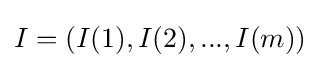
I=(I(1),I(2),...,I(m))